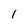
Character: 1